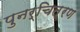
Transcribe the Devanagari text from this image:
पुनर्चित्रण